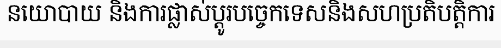
នយោបាយ និងការផ្លាស់ប្តូរបច្ចេកទេសនិងសហប្រតិបត្តិការ